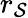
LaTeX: r_{\mathcal{S}}